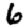
Digit: 6